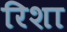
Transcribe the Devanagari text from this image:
रिशा